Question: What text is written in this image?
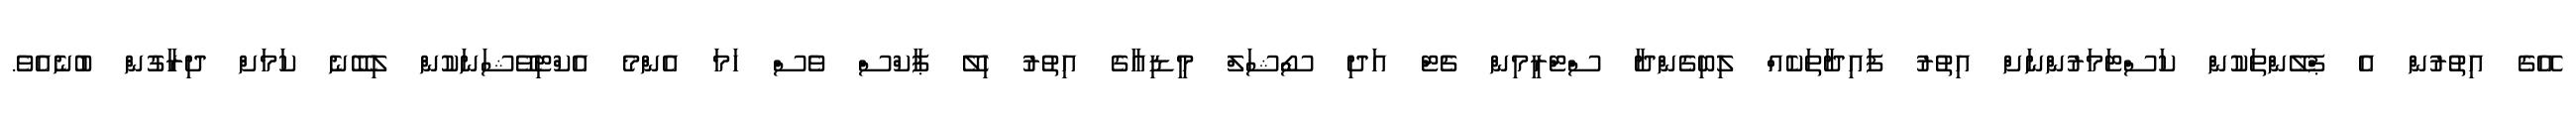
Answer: އޭގެ އިތުރުން އެ ޕްލޭންތަކުން ކަސްޓަމަރުންނަށް އިތުރު ފައިދާތަކެއް ލިބިގެންދާ ސްޓްރީމިން ޗެޓް އަދި ސޯޝަލް މީޑިއާގެ އިތުރު ހިލޭ ޕާކްސް ވެސް ހަމަ އެންމެ އެކްޓިވޭޝަނަކުން ލިބޭނެ ކަމަށް ދިރާގުން ބުނެއެވެ.